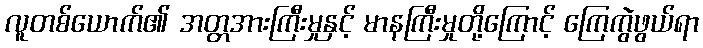
လူတစ်ယောက်၏ အတ္တအားကြီးမှုနှင့် မာနကြီးမှုတို့ကြောင့် ကြေကွဲဖွယ်ရာ